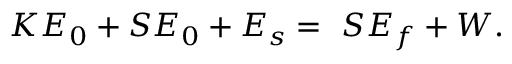
K E _ { 0 } + S E _ { 0 } + E _ { s } = \ S E _ { f } + W .